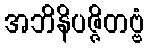
အဘိနိပဇ္ဇိတဗ္ဗံ